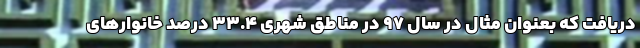
دریافت که بعنوان مثال در سال ۹۷ در مناطق شهری ۳۳.۴ درصد خانوارهای